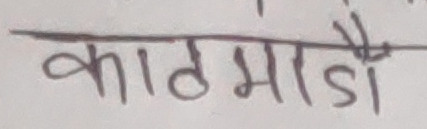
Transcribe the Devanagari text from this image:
काठमाडौं